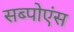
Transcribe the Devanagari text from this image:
सब्पोएंस